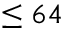
\leq 6 4